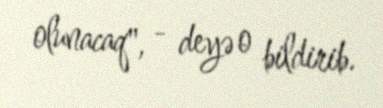
olunacaq", - deyə o bildirib.